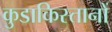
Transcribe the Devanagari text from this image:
कुडाकिस्तानों